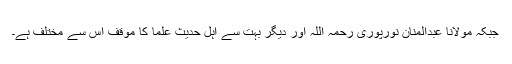
جبکہ مولانا عبدالمنان نورپوری رحمہ اللہ اور دیگر بہت سے اہل حدیث علما کا موقف اس سے مختلف ہے۔